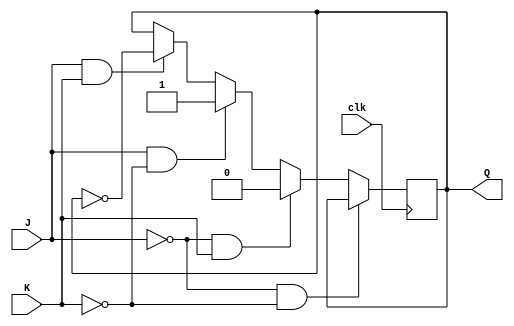
`timescale 1ns / 1ps
//////////////////////////////////////////////////////////////////////////////////
// Company: 
// Engineer: 
// 
// Design Name: 
// Module Name: JKFF
// Project Name: 
// Target Devices: 
// Tool Versions: 
// Description: 
// 
// Dependencies: 
// 
// Revision:
// Revision 0.01 - File Created
// Additional Comments:
// 
//////////////////////////////////////////////////////////////////////////////////


module JKFF(clk, J, K, Q);
input clk, J, K;
output reg Q;

always @(posedge clk) begin
    if(J==0 && K==0)
    begin
        Q<=Q;
    end
    else if(J==0 && K==1)
    begin
        Q<=1'b0;
    end
    else if(J==1 && K==0)
    begin
        Q<=1'b1;
    end
    else if(J==1 && K==1)
    begin
        Q<=~Q;
    end
end

endmodule